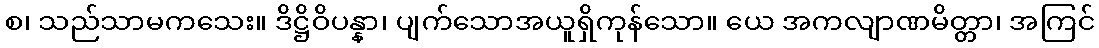
စ၊ သည်သာမကသေး။ ဒိဋ္ဌိဝိပန္နာ၊ ပျက်သောအယူရှိကုန်သော။ ယေ အကလျာဏမိတ္တာ၊ အကြင်